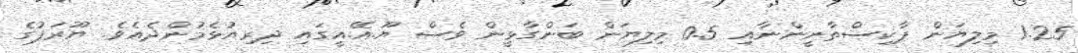
1.25 މިލިޔަން ޕާކިސްތާނީންނާއި 0.5 މިލިޔަން ބަންގާޅީން ވެސް ޔޫ.އޭ.އީގައި ދިރިއުޅެމުންދެއެވެ. ޔޫރަޕުގެ